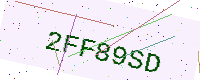
Text: 2FF89SD